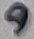
Text: 9